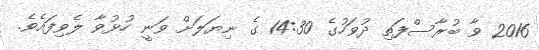
2016 ވާ ބުރާސްފަތި ދުވަހުގެ 14:30 ގެ ނިޔަލަށް ވަނީ ހުޅުވާ ލެވިފައެވެ.